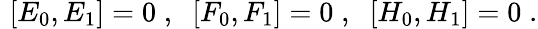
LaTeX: \, \, [E_{0},E_{1}]=0\; ,\; \; [F_{0},F_{1}]=0\; ,\; \; [H_{0},H_{1}]=0\; .